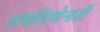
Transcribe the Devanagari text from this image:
अपासियोनाटी